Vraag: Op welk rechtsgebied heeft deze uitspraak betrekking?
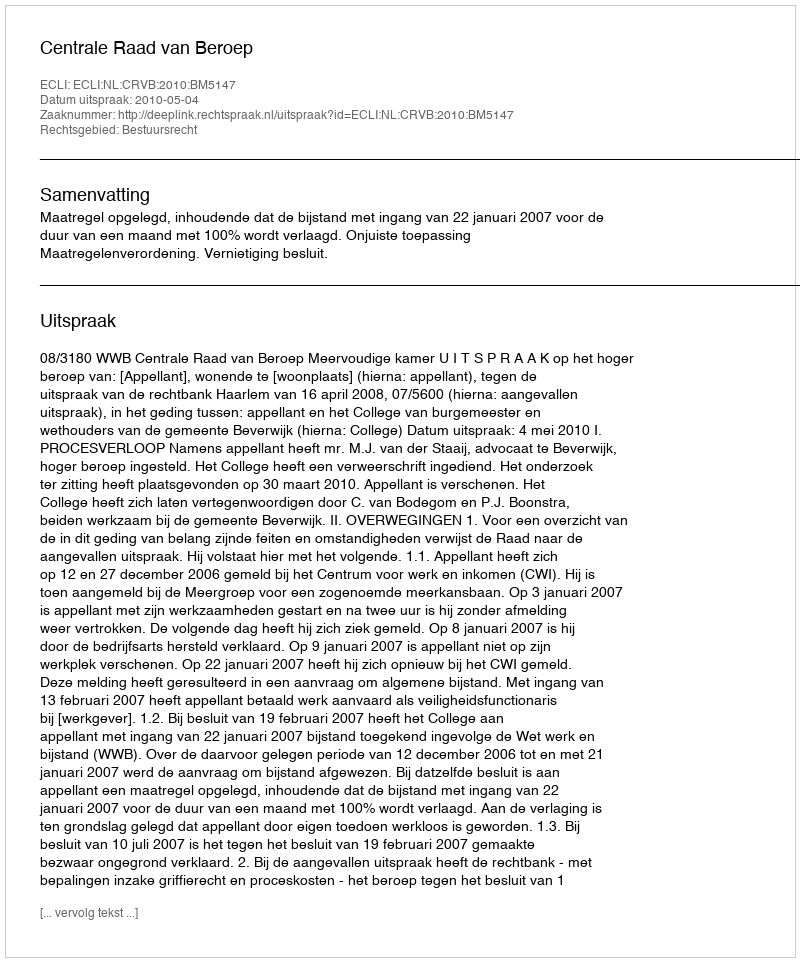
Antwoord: Bestuursrecht